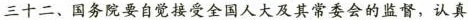
三十二、国务院要自觉接受全国人大及其常委会的监督，认真